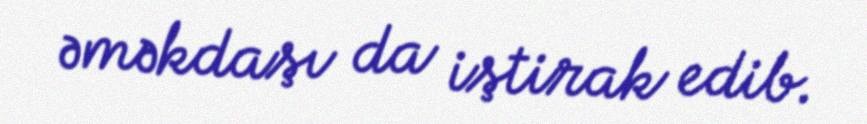
əməkdaşı da iştirak edib.